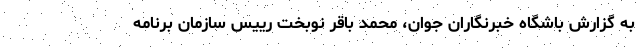
به گزارش باشگاه خبرنگاران جوان، محمد باقر نوبخت رییس سازمان برنامه